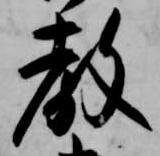
教